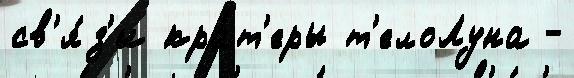
св'я́з'и кра́т'еры т'елоЛуна -